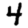
Digit: 4